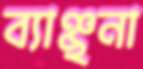
ব্যাঞ্ছনা